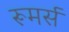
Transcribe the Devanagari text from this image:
रूमर्स